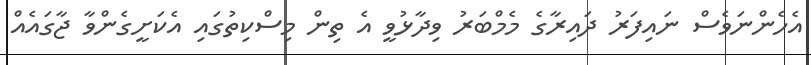
އެހެންނަވެސް ނައިފަރު ދައިރާގެ މެމްބަރު ވިދާޅުވީ އެ ތިން މިސްކިތުގައި އެކަށީގެންވާ ޖާގައެއް